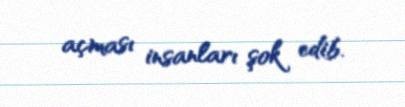
açması insanları şok edib.